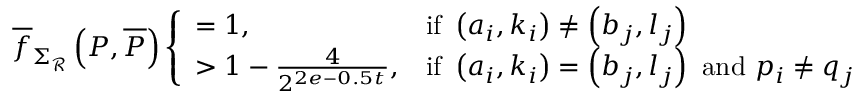
\overline { { f } } _ { \Sigma _ { \mathcal { R } } } \left( P , \overline { { P } } \right) \left\{ \begin{array} { l l } { = 1 , } & { \mathrm { i f ~ } \left( a _ { i } , k _ { i } \right) \neq \left( b _ { j } , l _ { j } \right) } \\ { > 1 - \frac { 4 } { 2 ^ { 2 e - 0 . 5 t } } , } & { \mathrm { i f ~ } \left( a _ { i } , k _ { i } \right) = \left( b _ { j } , l _ { j } \right) \mathrm { ~ a n d ~ } p _ { i } \neq q _ { j } } \end{array} \right.